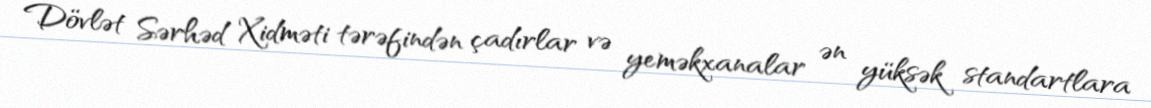
Dövlət Sərhəd Xidməti tərəfindən çadırlar və yeməkxanalar ən yüksək standartlara